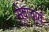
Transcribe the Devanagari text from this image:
सेवाचार्य